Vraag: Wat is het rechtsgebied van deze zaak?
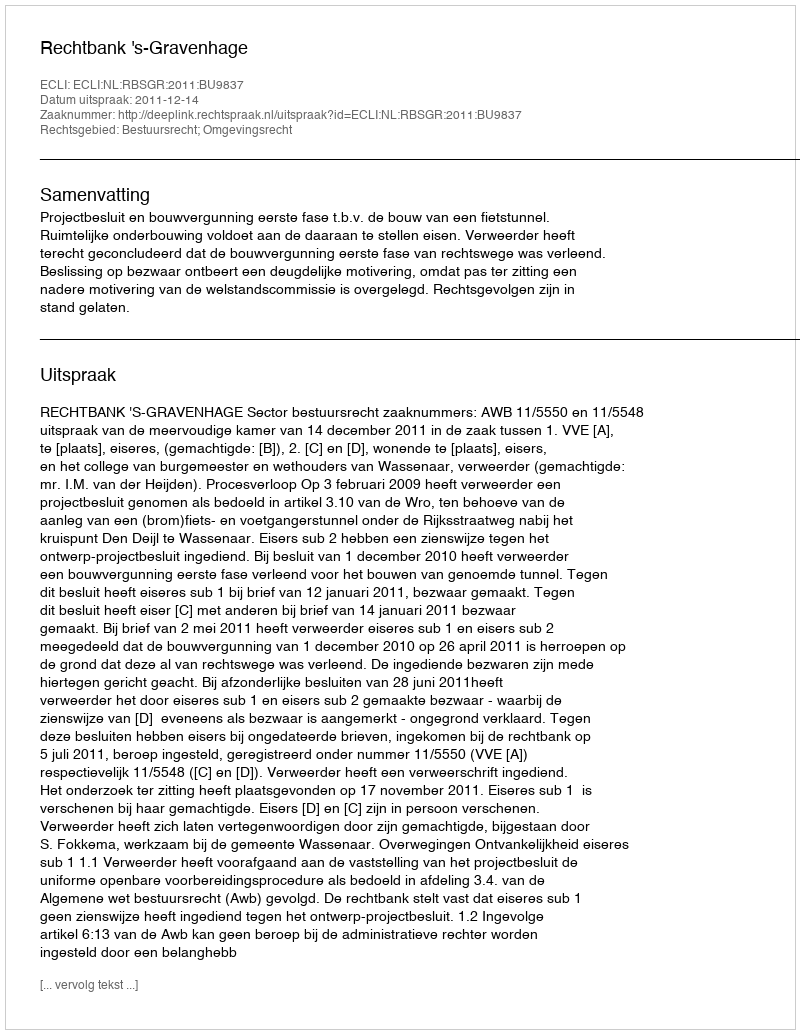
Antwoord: Bestuursrecht; Omgevingsrecht